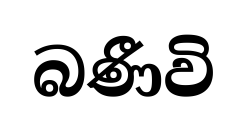
බණීවි